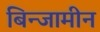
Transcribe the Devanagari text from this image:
बिन्जामीन